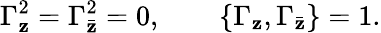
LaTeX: {\Gamma_{\mathbf{z}}^{2}=\Gamma_{\bar{{\mathbf{z}}}}^{2}=0,\qquad\{ \Gamma_{\mathbf{z}},\Gamma_{\bar{{\mathbf{z}}}}\} =1.}